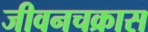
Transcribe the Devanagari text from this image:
जीवनचक्रास